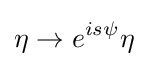
\eta \rightarrow e^{is\psi }\eta